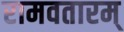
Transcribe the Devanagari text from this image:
रामवतारम्‌